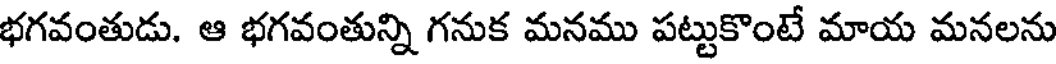
భగవంతుడు. ఆ భగవంతున్ని గనుక మనము పట్టుకొంటే మాయ మనలను